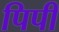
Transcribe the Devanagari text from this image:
पिपी